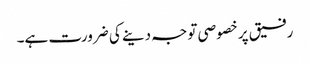
رفیق پر خصوصی توجہ دینے کی ضرورت ہے۔